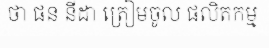
ថា ផន នីដា ត្រៀមចូល ផលិតកម្ម